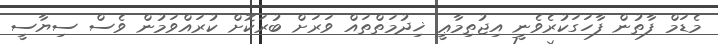
މެޑަމް ފާތުން ފާހަގަކުރެވެނީ އިޖުތިމާޢީ ޚިދުމަތްތައް ވަރަށް ބުރަކޮށް ކުރައްވަމުން ވެސް ސިޔާސީ